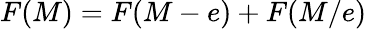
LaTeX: F(M)=F(M-e)+F(M/e)